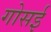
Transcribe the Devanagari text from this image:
गोसई